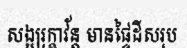
សង្ឃរុក្ខាវ័ន្ត មានផ្ទៃដីសរុប